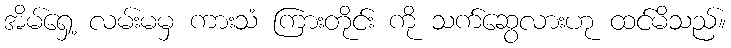
အိမ်ရှေ့ လမ်းမမှ ကားသံ ကြားတိုင်း ကို သက်ဆွေလားဟု ထင်မိသည်။